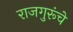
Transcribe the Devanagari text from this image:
राजगुरूंचे